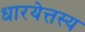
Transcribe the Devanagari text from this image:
धारयेत्तस्य